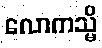
လောကသ္မိ